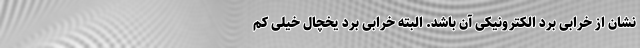
نشان از خرابی برد الکترونیکی آن باشد. البته خرابی برد یخچال خیلی کم